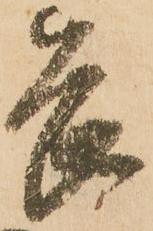
畏